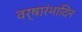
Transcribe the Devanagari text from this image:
वर्षारंभादिन